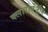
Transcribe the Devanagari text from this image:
क्लारोबेंज़ीन